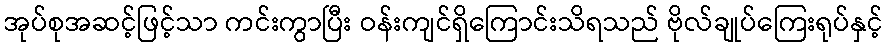
အုပ်စုအဆင့်ဖြင့်သာ ကင်းကွာပြီး ဝန်းကျင်ရှိကြောင်းသိရသည် ဗိုလ်ချုပ်ကြေးရုပ်နှင့်